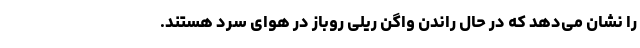
را نشان می‌دهد که در حال راندن واگن ریلی روباز در هوای سرد هستند.